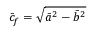
\bar { c } _ { f } = \sqrt { \bar { a } ^ { 2 } - \bar { b } ^ { 2 } }